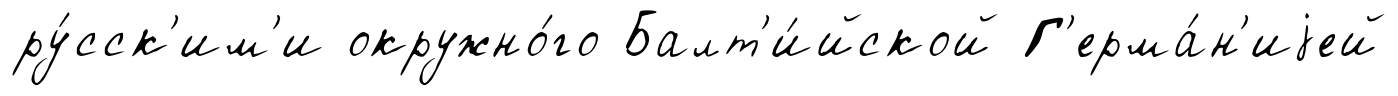
ру́сск'им'и окружно́го Балт'и́йской Г'ерма́н'иjей